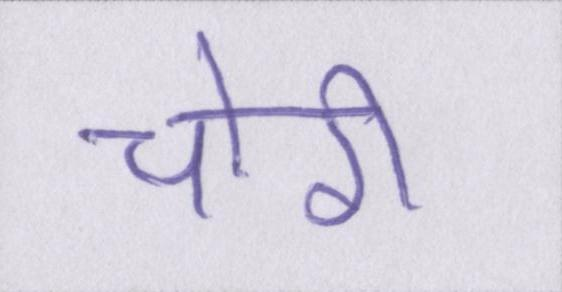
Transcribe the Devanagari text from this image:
चोरी